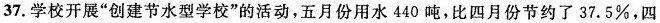
37.学校开展”创建节水型学校”的活动，五月份用水440吨，比四月份节约了37.5%，四